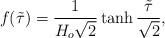
LaTeX: \begin{align*}f(\tilde{\tau})=\frac{1}{H_o\sqrt{2}}\tanh\frac{\tilde{\tau}}{\sqrt{2}},\end{align*}